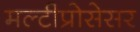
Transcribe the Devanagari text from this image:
मल्टीप्रोसेसर